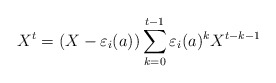
\begin{align*}X^t = (X - \varepsilon_i(a)) \sum_{k=0}^{t-1} \varepsilon_i(a)^k X^{t-k-1}\end{align*}